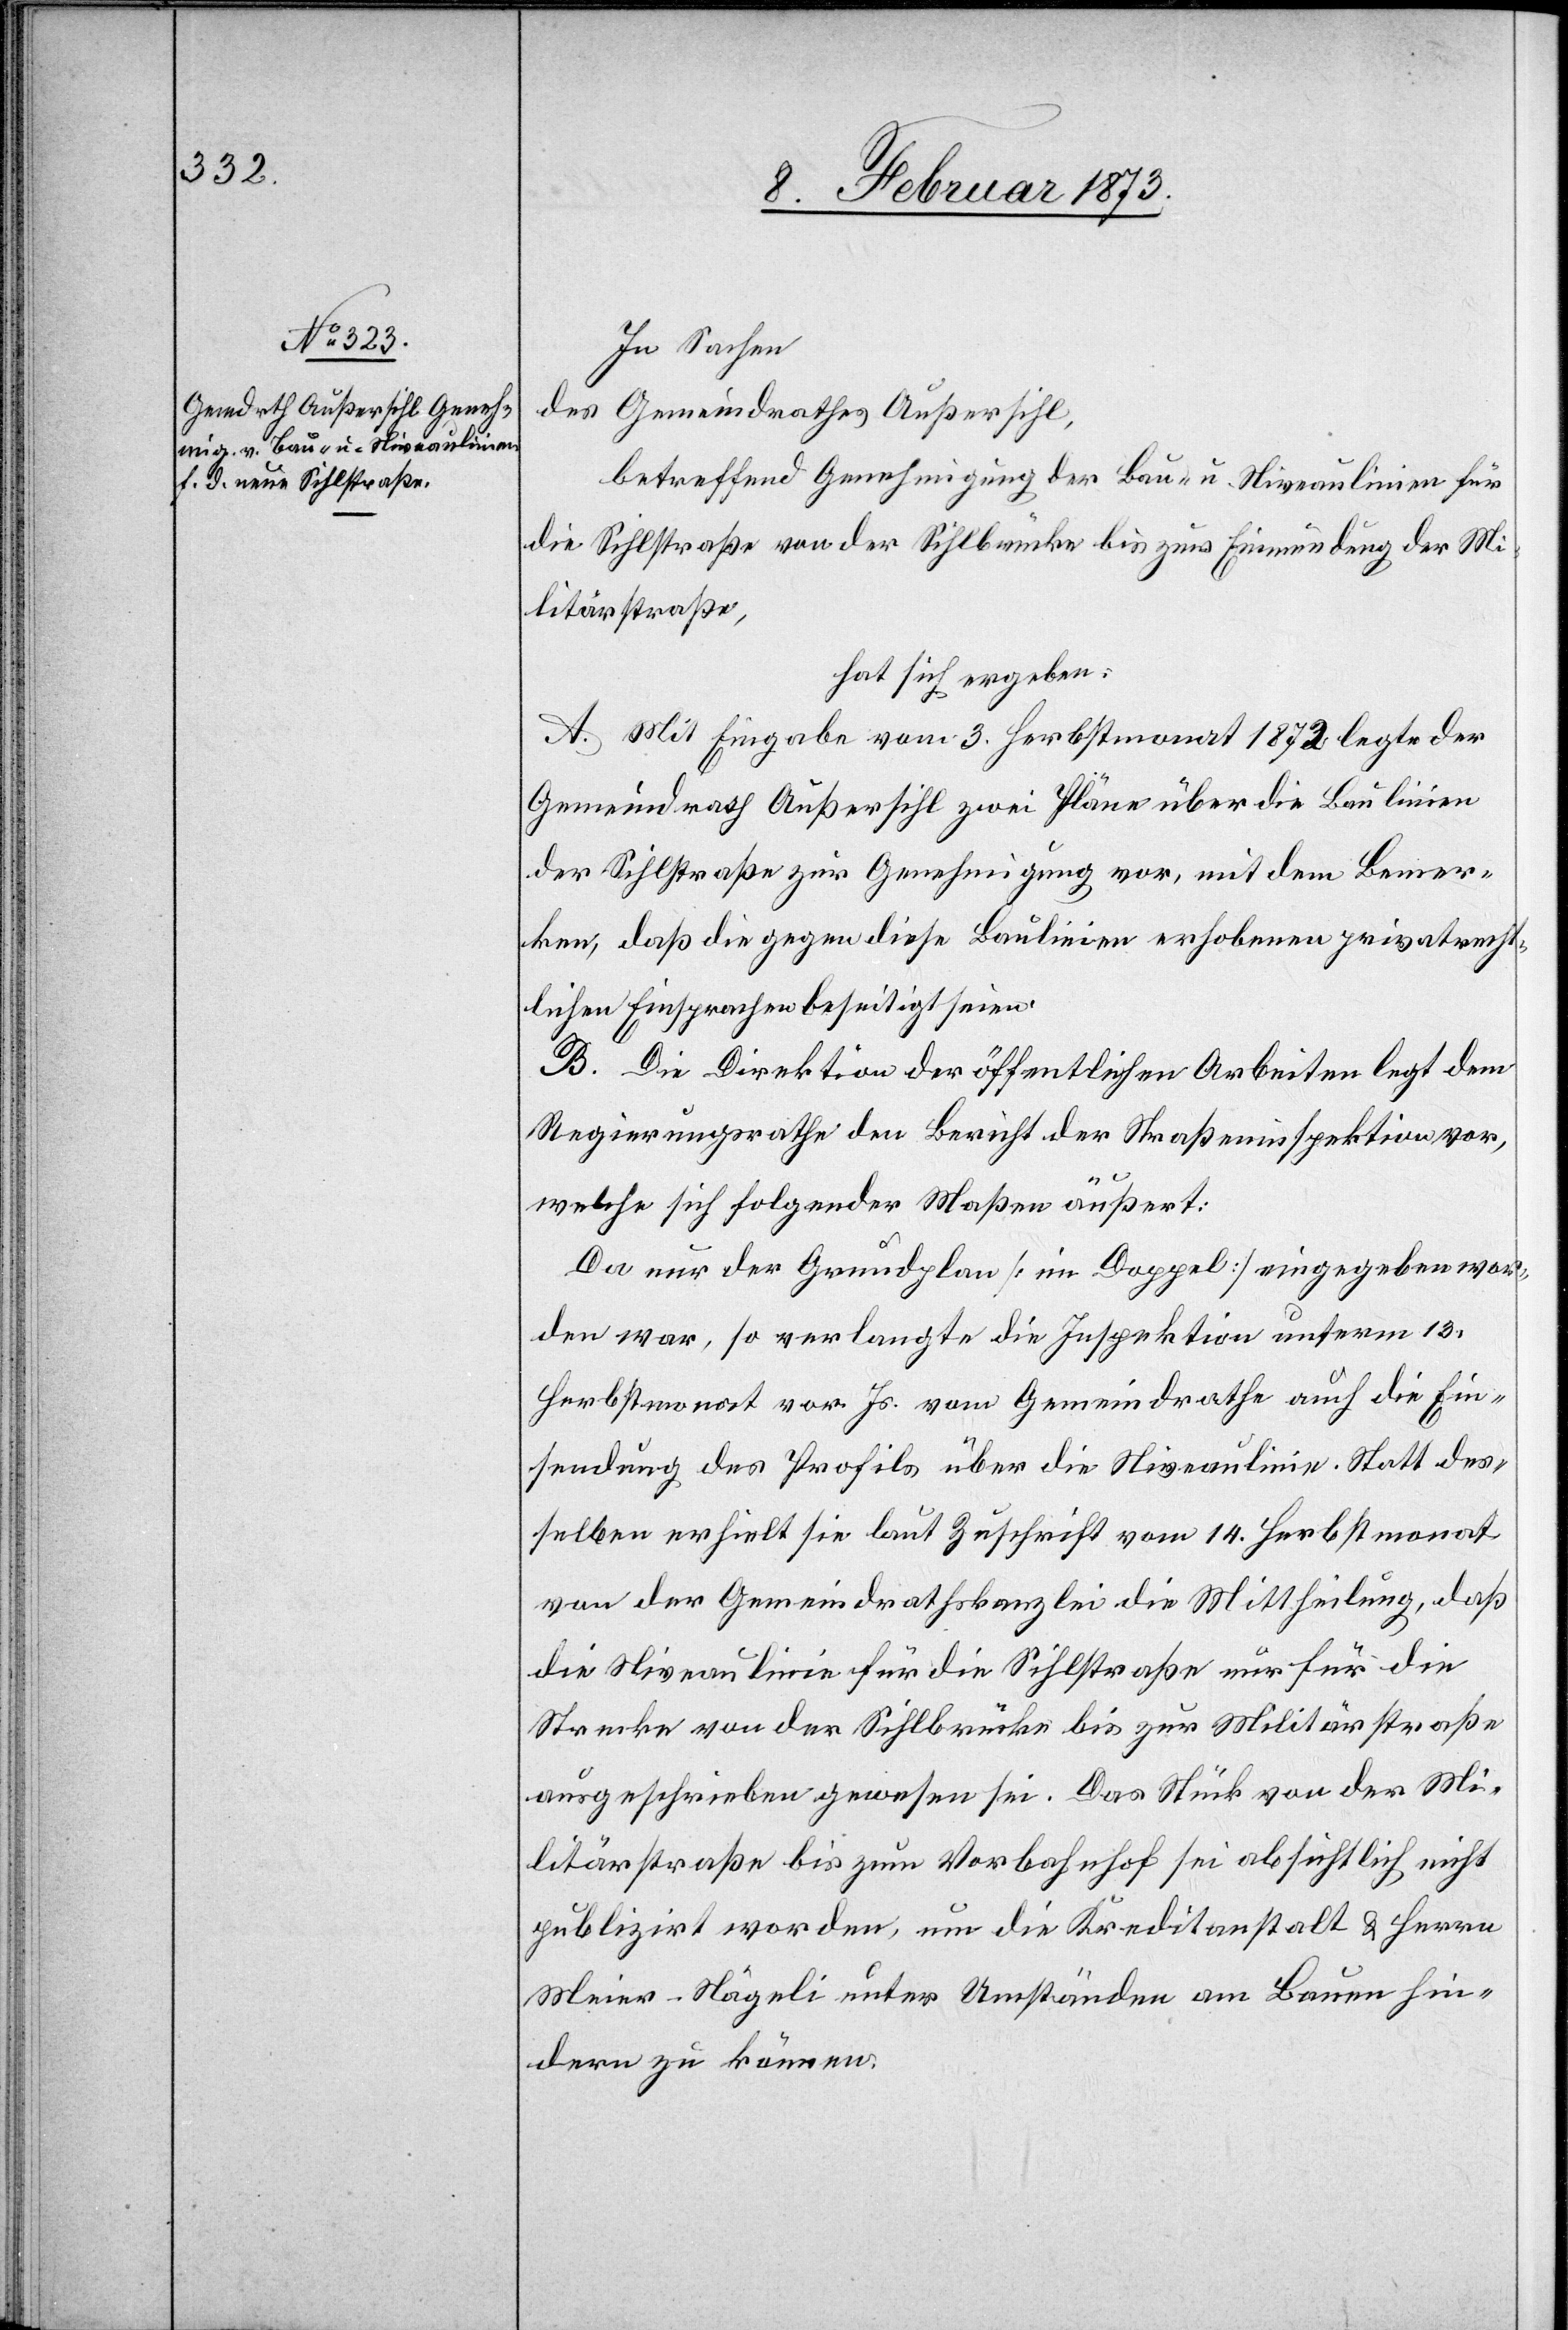
In Sachen
des Gemeindrathes Außersihl,
betreffend Genehmigung der Bau- u. Niveaulinien für
die Sihlstraße von der Sihlbrücke bis zur Einmündung der Mi¬
litärstraße,
hat sich ergeben:
A. Mit Eingabe vom 3. Herbstmonat 1872 legte der
Gemeindrath Außersihl zwei Pläne über die Baulinien
der Sihlstraße zur Genehmigung vor, mit dem Bemer¬
ken, daß die gegen diese Baulinien erhobenen privatrecht¬
lichen Einsprachen beseitigt seien.
B. Die Direktion der öffentlichen Arbeiten legt dem
Regierungsrathe den Bericht der Straßeninspektion vor,
welche sich folgender Maßen äußert:
Da nur der Grundplan [im Doppel] eingegeben wor¬
den war, so verlangte die Inspektion unterm 13.
Herbstmonat vor. Js. vom Gemeindrathe auch die Ein¬
sendung des Profils über die Niveaulinien. Statt des¬
selben erhielt sie laut Zuschrift vom 14. Herbstmonat
von der Gemeindrathskanzlei die Mittheilung, daß
die Niveaulinie für die Sihlstraße nur für die
Strecke von der Sihlbrücke bis zur Militärstraße
ausgeschrieben gewesen sei. Das Stück von der Mi¬
litärstraße bis zum Vorbahnhof sei absichtlich nicht
publizirt worden, um die Kreditanstalt u. Herrn
Meier-Nägeli unter Umständen am Bauen hin¬
dern zu können.